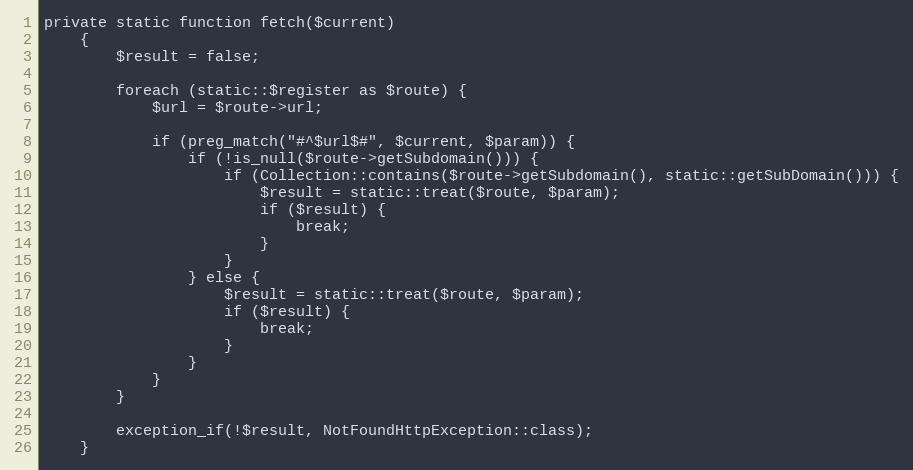
Language: PHP
private static function fetch($current)
    {
        $result = false;

        foreach (static::$register as $route) {
            $url = $route->url;

            if (preg_match("#^$url$#", $current, $param)) {
                if (!is_null($route->getSubdomain())) {
                    if (Collection::contains($route->getSubdomain(), static::getSubDomain())) {
                        $result = static::treat($route, $param);
                        if ($result) {
                            break;
                        }
                    }
                } else {
                    $result = static::treat($route, $param);
                    if ($result) {
                        break;
                    }
                }
            }
        }

        exception_if(!$result, NotFoundHttpException::class);
    }